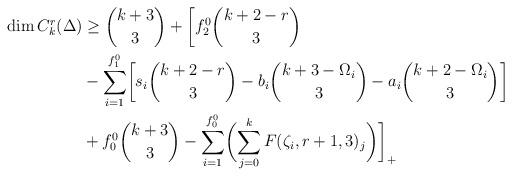
LaTeX: \begin{align*}\dim C^r_k(\Delta)&\geq\binom{k+3}{3}+\biggl[f_2^0\binom{k+2-r}{3}\\&-\sum_{i=1}^{f_1^0}\biggl[s_i\binom{k+2-r}{3}- b_i\binom{k+3- \Omega_i}{3}- a_i\binom{k+2-\Omega_i}{3}\biggr]\\&+f_0^0\binom{k+3}{3}-\sum_{i=1}^{f_0^0}\biggl(\sum_{j=0}^k F(\zeta_i,r+1,3)_j\biggl)\biggr]_+\end{align*}